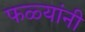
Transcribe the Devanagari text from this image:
फळ्यांनी